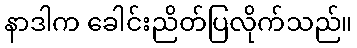
နာဒါက ခေါင်းညိတ်ပြလိုက်သည်။